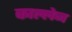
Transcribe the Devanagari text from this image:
काल्लेज